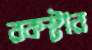
রকস্টার